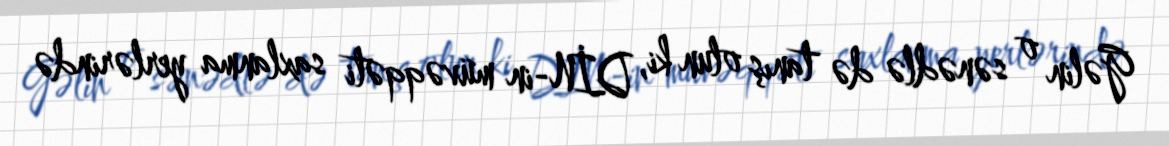
Gəlin o sənədlə də tanış olun ki, DİN-in müvəqqəti saxlanma yerlərində